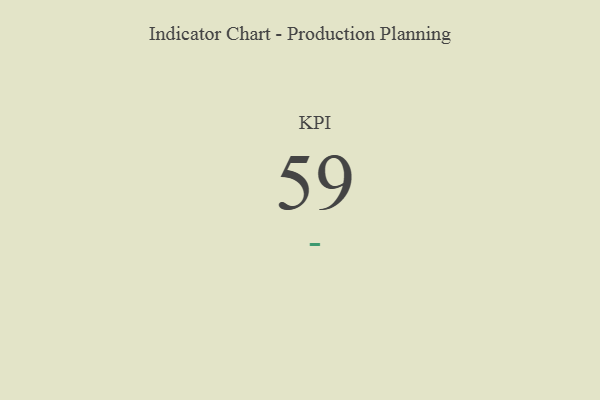
{"axis": {"x": "KPI", "y": "Value"}, "legend": [""], "data": [{"x": "KPI", "y": 59, "type": ""}]}